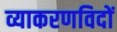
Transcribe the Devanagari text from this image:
व्याकरणविदों